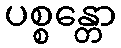
ပစ္စန္တော